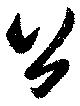
公